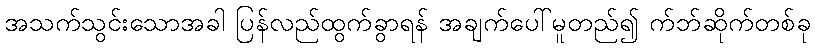
အသက်သွင်းသောအခါ ပြန်လည်ထွက်ခွာရန် အချက်ပေါ်မူတည်၍ က်ဘ်ဆိုက်တစ်ခု